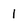
Character: 1